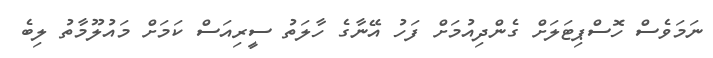
ނަމަވެސް ހޮސްޕިޓަލަށް ގެންދިއުމަށް ފަހު އޭނާގެ ހާލަތު ސީރިއަސް ކަމަށް މައުލޫމާތު ލިބެ